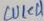
Text: WK4